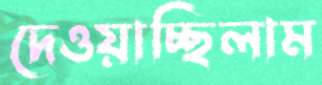
দেওয়াচ্ছিলাম